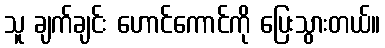
သူ ချက်ချင်း ဟောင်ကောင်ကို ပြေးသွားတယ်။